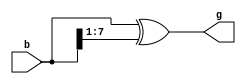


//--------------------------------------------------------------------------------------------------
//
// Title       : DW_bin2gray 
// Design      : Binary to Gray converter

// 			 
//-------------------------------------------------------------------------------------------------
//
// Description : DW_bin2gray converts binary coded input b to Gray-coded output g.
//
//-------------------------------------------------------------------------------------------------
module DW_bin2gray ( b, g )/* synthesis syn_builtin_du = "weak" */;
parameter width = 8;

input [width - 1:0] b;
output [width - 1:0] g;

wire [width - 1:0] g = (width == 1) ? b : bin2gray(b);

	// Function to convert binary to gray code
	function [width-1:0] bin2gray;
	input [width-1:0] bin;
	begin    
		bin2gray = bin ^ (bin >> 1);
	end
	endfunction	
endmodule